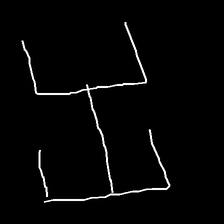
Glyph: entwine